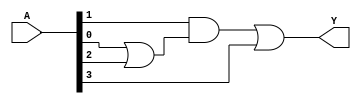
module combinational_logic_block (
    input wire [3:0] A, // 4-bit input variable
    output wire Y       // Output variable
);

// Internal signals for intermediate calculations
wire A0, A1, A2, A3; // Individual bits of input A
wire term1, term2, term3; // Intermediate terms for minimized expression

// Assign individual bits
assign A0 = A[0];
assign A1 = A[1];
assign A2 = A[2];
assign A3 = A[3];

// Example minimized logic expression (Y = A1 AND (A0 OR A2) OR A3)
// This expression should be derived from the truth table and minimized using K-map or Quine-McCluskey method

// Intermediate logic terms
assign term1 = A1 & (A0 | A2); // A1 AND (A0 OR A2)
assign term2 = A3;              // A3
assign term3 = term1 | term2;   // Final output logic expression

// Output assignment
assign Y = term3;

endmodule